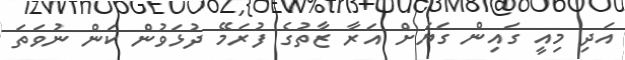
އަދި މިއީ ގައިން ގަޔަށް އަރާ ޒާތުގެ ފުރަމޭ ދުޅަވުން ކަން ނުވަތަ